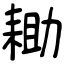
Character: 耡